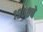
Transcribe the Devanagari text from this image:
१९०८चे